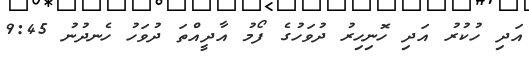
އަދި ހުކުރު އަދި ހޮނިހިރު ދުވަހުގެ ފޯމު އާދީއްތަ ދުވަހު ހެނދުނު 9:45